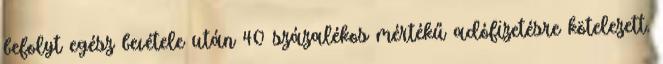
befolyt egész bevétele után 40 százalékos mértékű adófizetésre kötelezett.